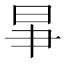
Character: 𣌦